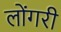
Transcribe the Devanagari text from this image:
लोंगरी